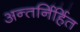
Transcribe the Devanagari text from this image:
अन्तर्निर्हित